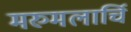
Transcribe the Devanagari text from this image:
मरुमलार्चि